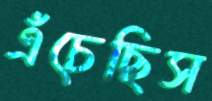
এঁচেছিস